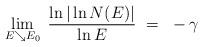
LaTeX: \begin{align*} \lim_{E\searrow E_{0}}\;\frac{\ln|\ln N(E)|}{\ln E}~=~-\gamma\end{align*}